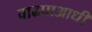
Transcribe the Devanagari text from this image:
वाढपाआधी